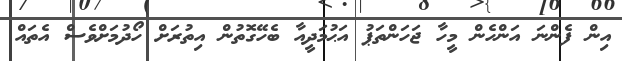
އިން ފެންނަ އަންހެން މީހާ ޖަހަންތަޕު އަޙުމަދީއާ ބެހޭގޮތުން އިތުރަށް ހޯދުމަށްވެސް އެތައް